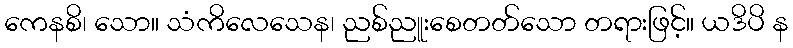
ကေနစိ၊ သော။ သံကိလေသေန၊ ညစ်ညူးစေတတ်သော တရားဖြင့်။ ယဒိပိ န